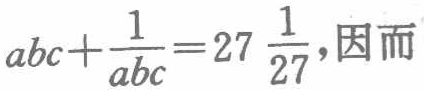
\(abc+\frac{1}{abc}=27\frac{1}{27}\)，因而